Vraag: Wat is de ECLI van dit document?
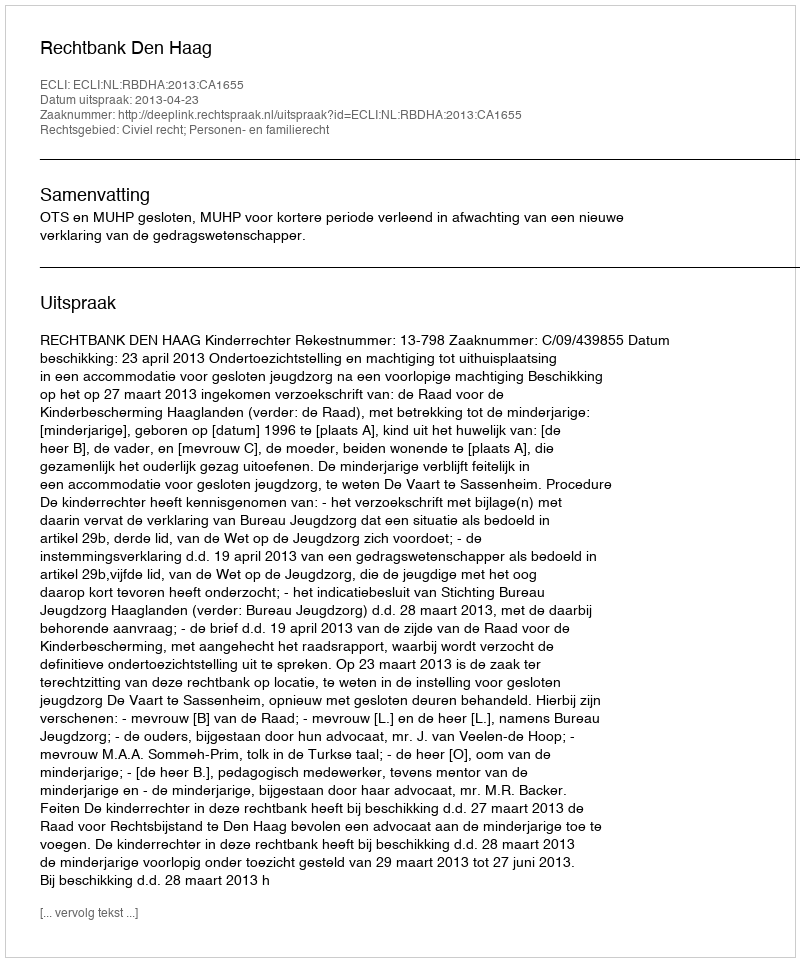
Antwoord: ECLI:NL:RBDHA:2013:CA1655